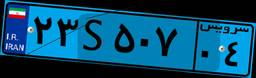
۶۸S۲۲۰۷۷